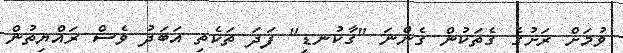
ވުމަށް ރަށުގެ ގެތަކުން ގެންނަ "ގާކުނޑި" ފަދަ ތަކެތި އަބަދު ވެސް ރައްޔިތުން